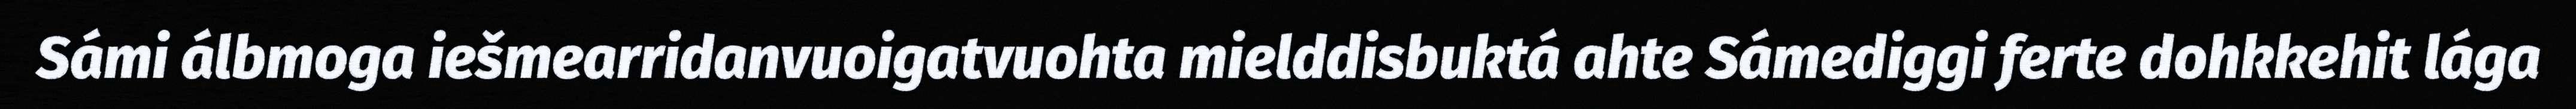
Sámi álbmoga iešmearridanvuoigatvuohta mielddisbuktá ahte Sámediggi ferte dohkkehit lága